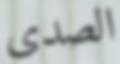
الصدى